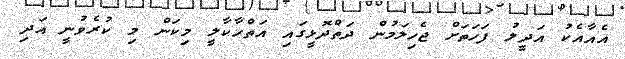
އެއާއެކު އަދީލު ފަހަތަށް ޖެހިލަމުން ދަތްދޮޅީގައި އަތްހާކާލީ މިކަން މި ކުރެވުނީ އަދި